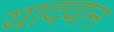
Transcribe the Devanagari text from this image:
यादवान